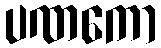
ပဏကော